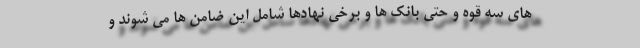
های سه قوه و حتی بانک ها و برخی نهادها شامل این ضامن ها می شوند و